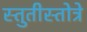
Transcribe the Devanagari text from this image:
स्तुतीस्तोत्रे